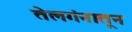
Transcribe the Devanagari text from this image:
तेलगंनातून